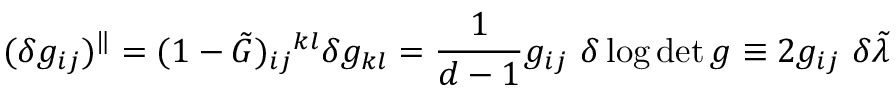
( \delta g _ { i j } ) ^ { \Vert } = ( 1 - \tilde { G } ) _ { i j } { } ^ { k l } \delta g _ { k l } = \frac { 1 } { d - 1 } g _ { i j } \ \delta \log \operatorname * { d e t } g \equiv 2 g _ { i j } \ \delta \tilde { \lambda }